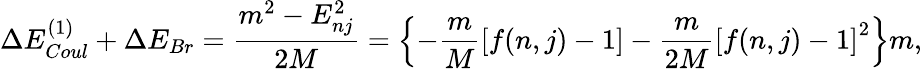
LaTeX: \Delta E_{Coul}^{(1)}+\Delta E_{Br}=\frac{m^{2}-E_{nj}^{2}}{2M}=\left\{ -\frac{m}{M}\left[f(n,j)-1\right]-\frac{m}{2M}\left[f(n,j)-1\right]^{2}\right\} m,